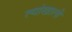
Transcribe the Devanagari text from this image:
त्यांखाली